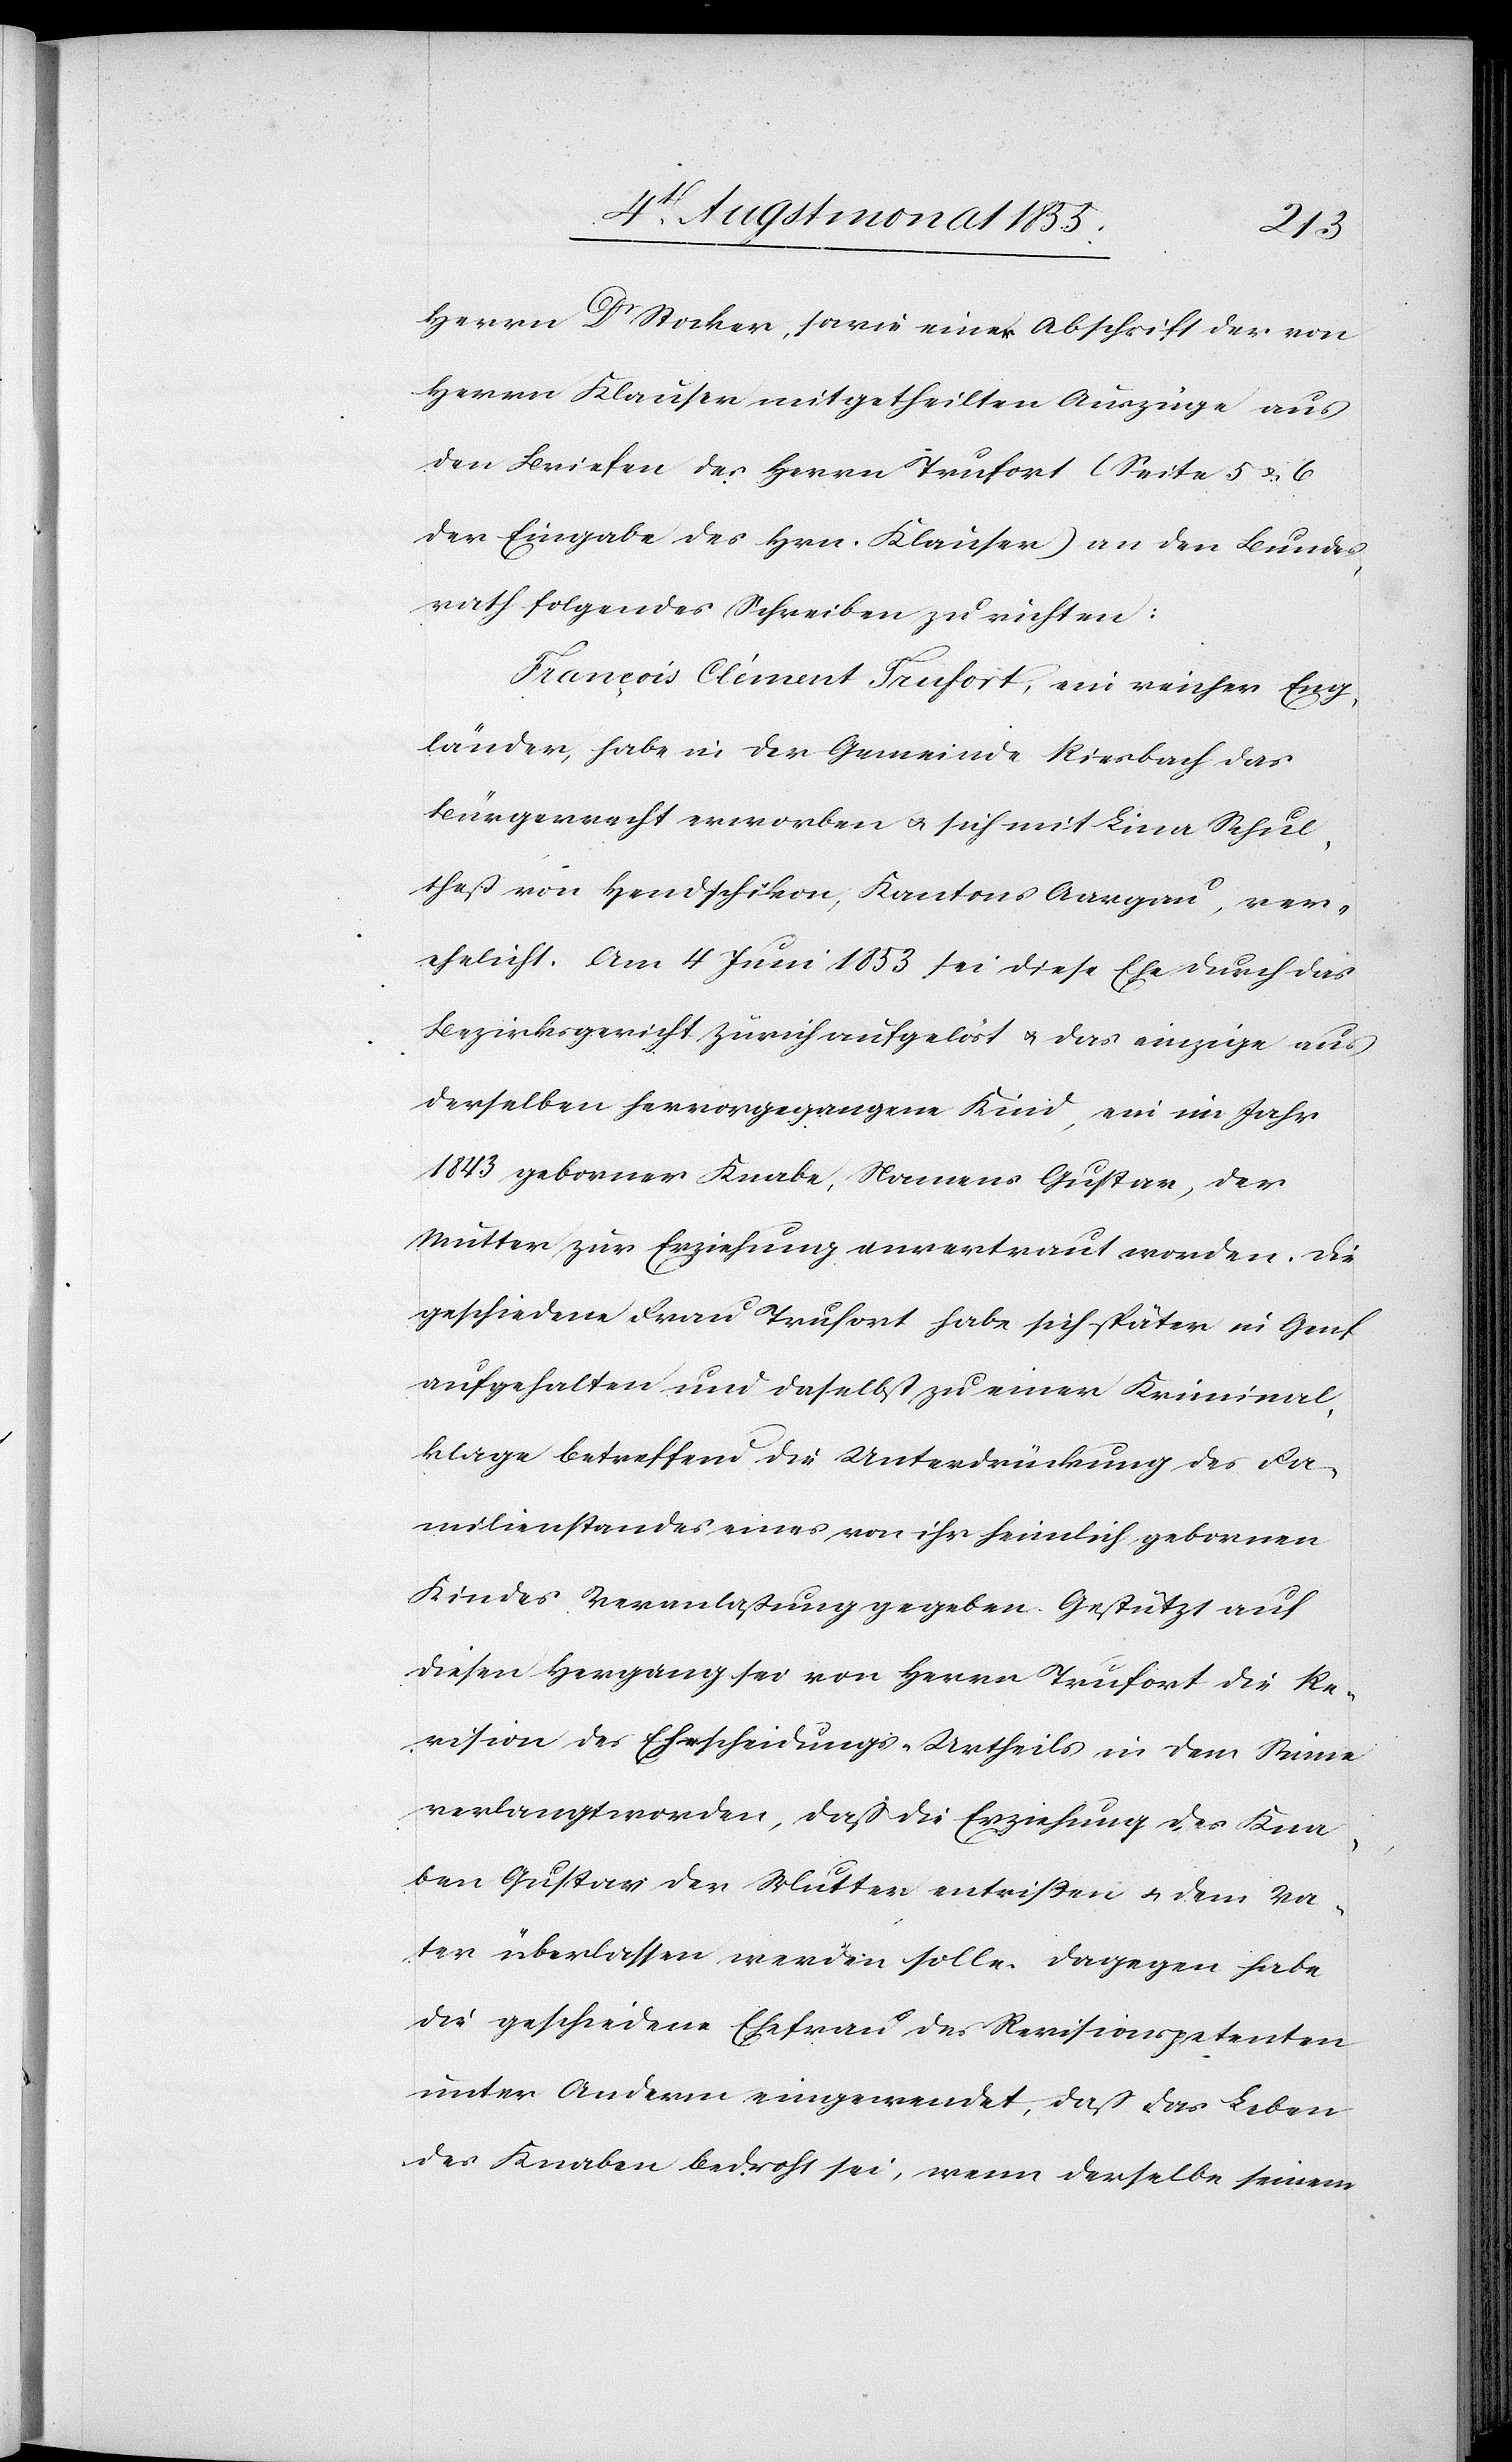
Herrn Dr Stocker, sowie einer Abschrift der von
Herrn Klauser mitgetheilten Auszüge aus
den Briefen des Herrn Trufort [sic!] (Seite 5 & 6
der Eingabe des Hrn. Klauser) an den Bundes¬
rath folgendes Schreiben zu richten:
François Clément Trufort, ein reicher Eng¬
länder, habe in der Gemeinde Riesbach das
Bürgerrecht erworben & sich mit Lina Schul¬
theß von Hendschikon, Kantons Aargau, ver¬
ehelicht. Am 4 Juni 1853 sei diese Ehe durch das
Bezirksgericht Zürich aufgelöst & das einzige aus
derselben hervorgegangene Kind, ein im Jahr
1843 geborner Knabe, Namens Gustav, der
Mutter zur Erziehung anvertraut worden. Die
geschiedene Frau Trufort habe sich später in Genf
aufgehalten und daselbst zu einer Kriminal¬
klage betreffend die Unterdrückung des Fa¬
milienstandes eines von ihr heimlich gebornen
Kindes Veranlaßung gegeben. Gestützt auf
diesen Hergang sei von Herrn Trufort die Re¬
vision des Ehescheidungs-Urtheils in dem Sinne
verlangt worden, daß die Erziehung des Kna¬
ben Gustav der Mutter entrißen & dem Va¬
ter überlassen werden solle. Dagegen habe
die geschiedene Ehefrau des Revisionspetenten
unter Anderm eingewendet, daß das Leben
des Knaben bedroht sei, wenn derselbe seinem